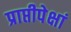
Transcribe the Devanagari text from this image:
प्राप्तीपेक्षां